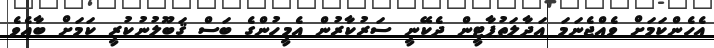
އެހެންކަމަށް ވެއްޖެނަމަ އަދާލަތުޕާޓީން ދެކޭނީ ސަރުކާރުން އެމީހުންގެ ބަސް ޤަބޫލުނުކުރީ ކަމަށް ބާއެވެ